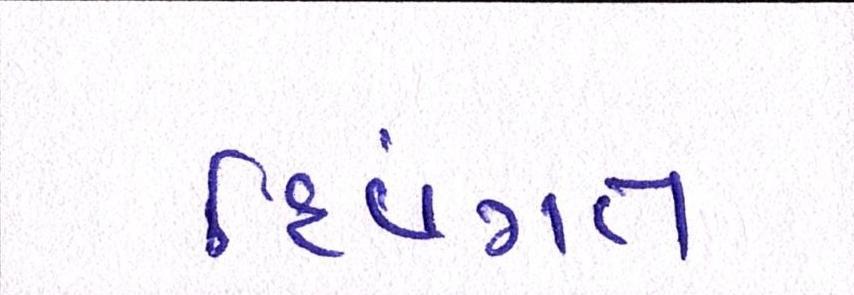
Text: દિવંગત